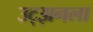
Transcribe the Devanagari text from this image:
उट्झनला